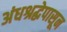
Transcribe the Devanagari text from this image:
अंधश्रद्धेपासून